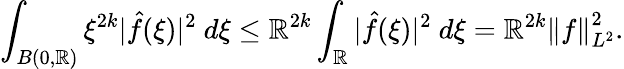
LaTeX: \int_{B(0,\mathbb{R})}\xi^{2k}|\hat{{f}}(\xi)|^{2}\ d\xi\leq\mathbb{R}^{2k}\int_{\mathbb{{\mathbb{R}}}}|\hat{{f}}(\xi)|^{2}\ d\xi=\mathbb{R}^{2k}\left\| f\right\| _{L^{2}}^{2}.